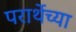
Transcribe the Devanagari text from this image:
परार्थेच्या